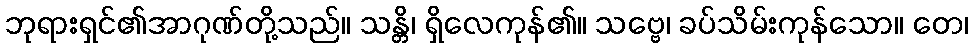
ဘုရားရှင်၏အာဂုဏ်တို့သည်။ သန္တိ၊ ရှိလေကုန်၏။ သဗ္ဗေ၊ ခပ်သိမ်းကုန်သော။ တေ၊